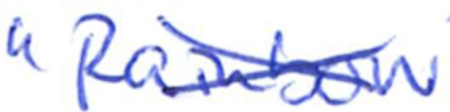
Text: "Rainbow
Cross-out: cross
Writing tool: ballpoint